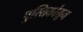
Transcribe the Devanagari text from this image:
पुस्तिकांतून